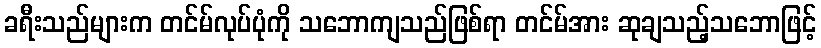
ခရီးသည်များက တင်မ်လုပ်ပုံကို သဘောကျသည်ဖြစ်ရာ တင်မ်အား ဆုချသည့်သဘောဖြင့်